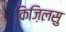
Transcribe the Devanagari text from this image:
किज़िलसु